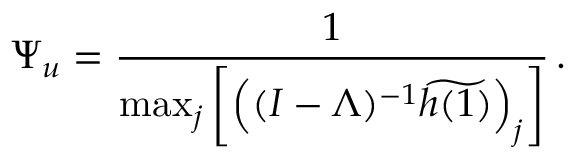
\Psi _ { u } = \frac { 1 } { \operatorname* { m a x } _ { j } \bigg [ \Big ( ( I - \Lambda ) ^ { - 1 } \widetilde { h ( 1 ) } \Big ) _ { j } \bigg ] } \, .